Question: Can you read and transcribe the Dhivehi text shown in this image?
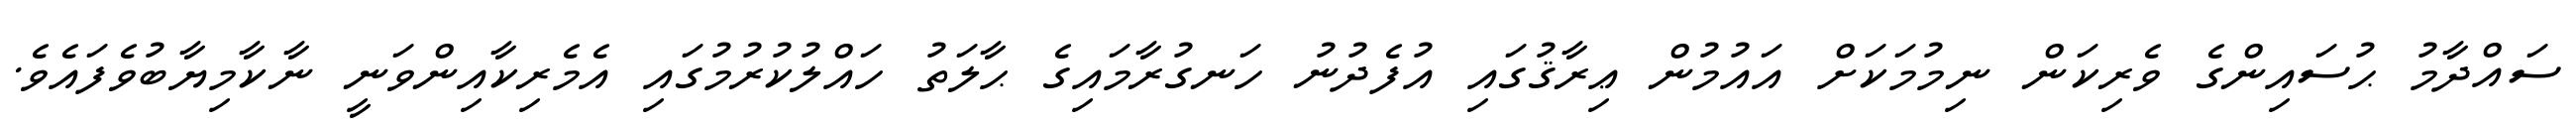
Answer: ސައްދާމު ޙުސައިންގެ ވެރިކަން ނިމުމަކަށް އައުމުން ޢިރާޤުގައި އުފެދުނު ހަނގުރާމައިގެ ޙާލަތު ހައްލުކުރުމުގައި އެމެރިކާއިންވަނީ ނާކާމިޔާބުވެފައެވެ.